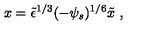
x = \tilde { \epsilon } ^ { 1 / 3 } ( - \psi _ { s } ) ^ { 1 / 6 } \tilde { x } \ ,